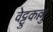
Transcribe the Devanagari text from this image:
वेट्टुकल्लु